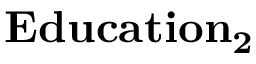
\mathbf { E d u c a t i o n _ { 2 } }